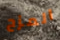
المزح